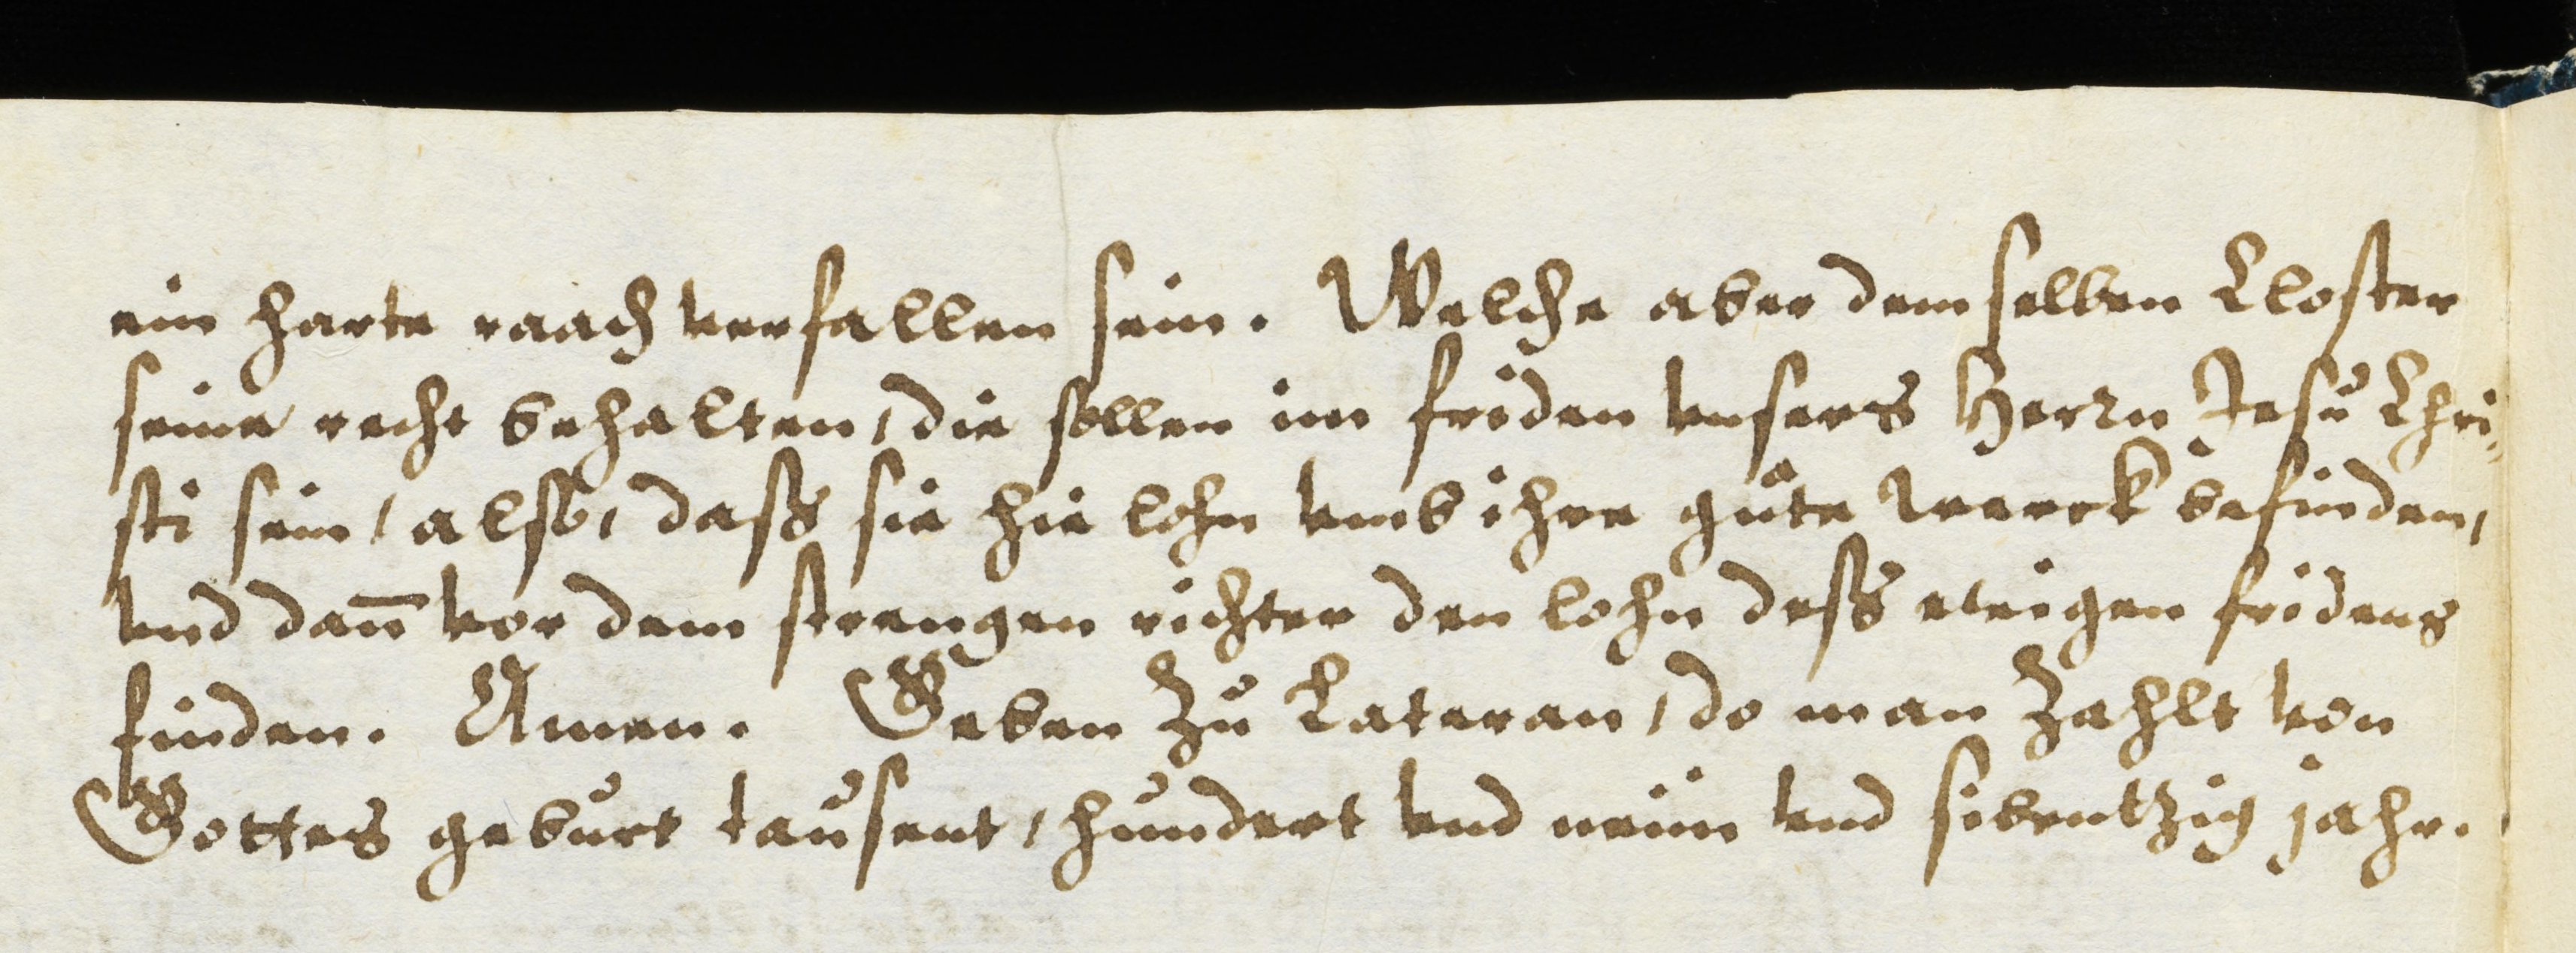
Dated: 1614–1638